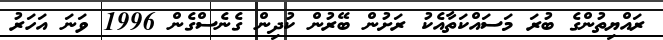
ރައްޔިތުންގެ ބުރަ މަސައްކަތާއެކު ރަށުން ބޭރުން ކުދިން ގެނެސްގެން 1996 ވަނަ އަހަރު